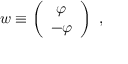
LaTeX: w \equiv \left( \begin{array} { c } { { \varphi } } \\ { { - \varphi } } \end{array} \right) ~ ,